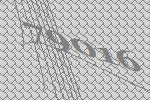
79016